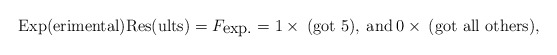
\begin{align*}\mbox{Exp(erimental)Res(ults)} = F_{\mbox{exp.}} = 1 \times \: \mbox{(got 5)},\: \mbox{and} \: 0 \times \: \mbox{(got all others)}, \end{align*}